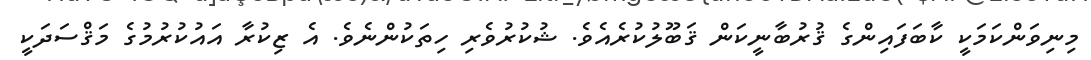
މިނިވަންކަމަކީ ކާބަފައިންގެ ޤުރުބާނީކަން ޤަބޫލުކުރެއެވެ. ޝުކުރުވެރި ހިތަކުންނެވެ. އެ ޒިކުރާ އައުކުރުމުގެ މަޤްސަދަކީ